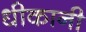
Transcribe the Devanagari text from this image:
धीकानी